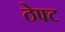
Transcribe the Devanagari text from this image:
ठेफ्ट